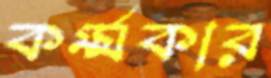
কর্ম্মকার